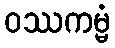
ဝဿကမ္မံ